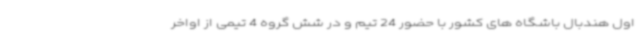
اول هندبال باشگاه های کشور با حضور 24 تیم و در شش گروه 4 تیمی از اواخر